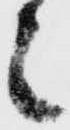
之